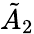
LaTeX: {\tilde{A}}_{2}